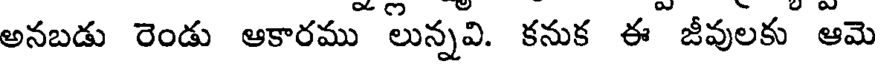
అనబడు రెండు ఆకారము లున్నవి. కనుక ఈ జీవులకు ఆమె